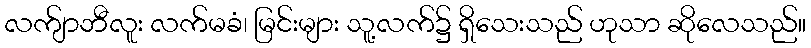
လက်ျာဘီလူး လက်မခံ၊ မြင်းများ သူ့လက်၌ ရှိသေးသည် ဟုသာ ဆိုလေသည်။